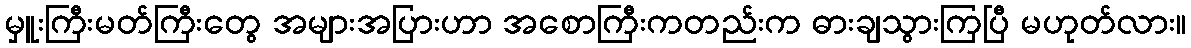
မှူးကြီးမတ်ကြီးတွေ အများအပြားဟာ အစောကြီးကတည်းက ဓားချသွားကြပြီ မဟုတ်လား။